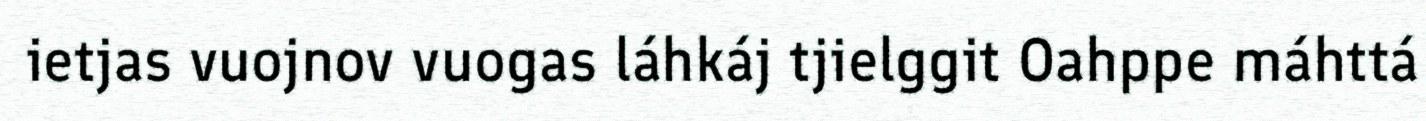
ietjas vuojnov vuogas láhkáj tjielggit Oahppe máhttá